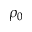
\rho _ { 0 }